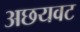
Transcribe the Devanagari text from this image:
अछयवट